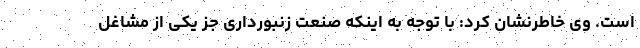
است. وی خاطرنشان کرد: با توجه به اینکه صنعت زنبورداری جز یکی از مشاغل